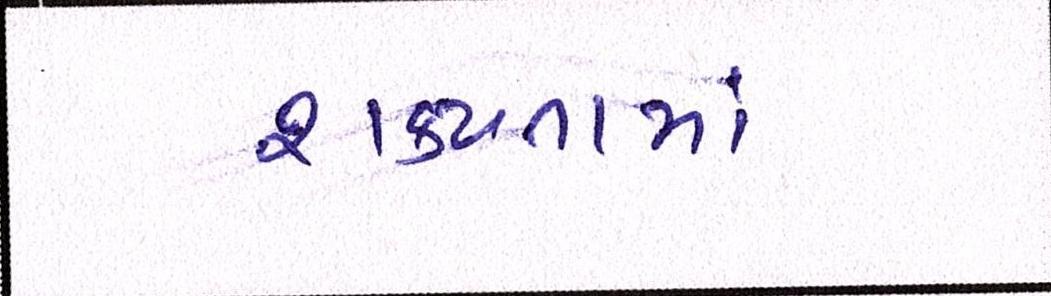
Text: શકયતામાં